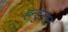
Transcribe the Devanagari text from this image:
हन्डुमान